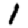
Digit: 1